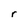
Character: r